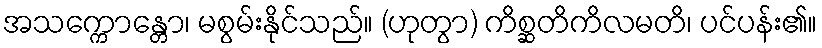
အသက္ကောန္တော၊ မစွမ်းနိုင်သည်။ (ဟုတွာ) ကိစ္ဆတိကိလမတိ၊ ပင်ပန်း၏။